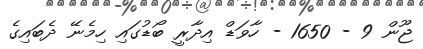
ޖޫން 9 - 1650 - ހާވަޑް އިދާރީ ބޯޑުގައި ހިމެނޭ ދެބައިގެ